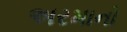
અરમાનો